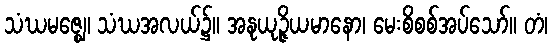
သံဃမဇ္ဈေ၊ သံဃအလယ်၌။ အနုယုဉ္ဇိယမာနော၊ မေးစိစစ်အပ်သော်။ တံ၊